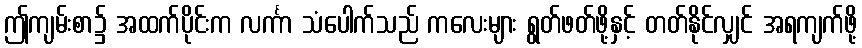
ဤကျမ်းစာ၌ အထက်ပိုင်းက လင်္ကာ သံပေါက်သည် ကလေးများ ရွတ်ဖတ်ဖို့နှင့် တတ်နိုင်လျှင် အရကျက်ဖို့